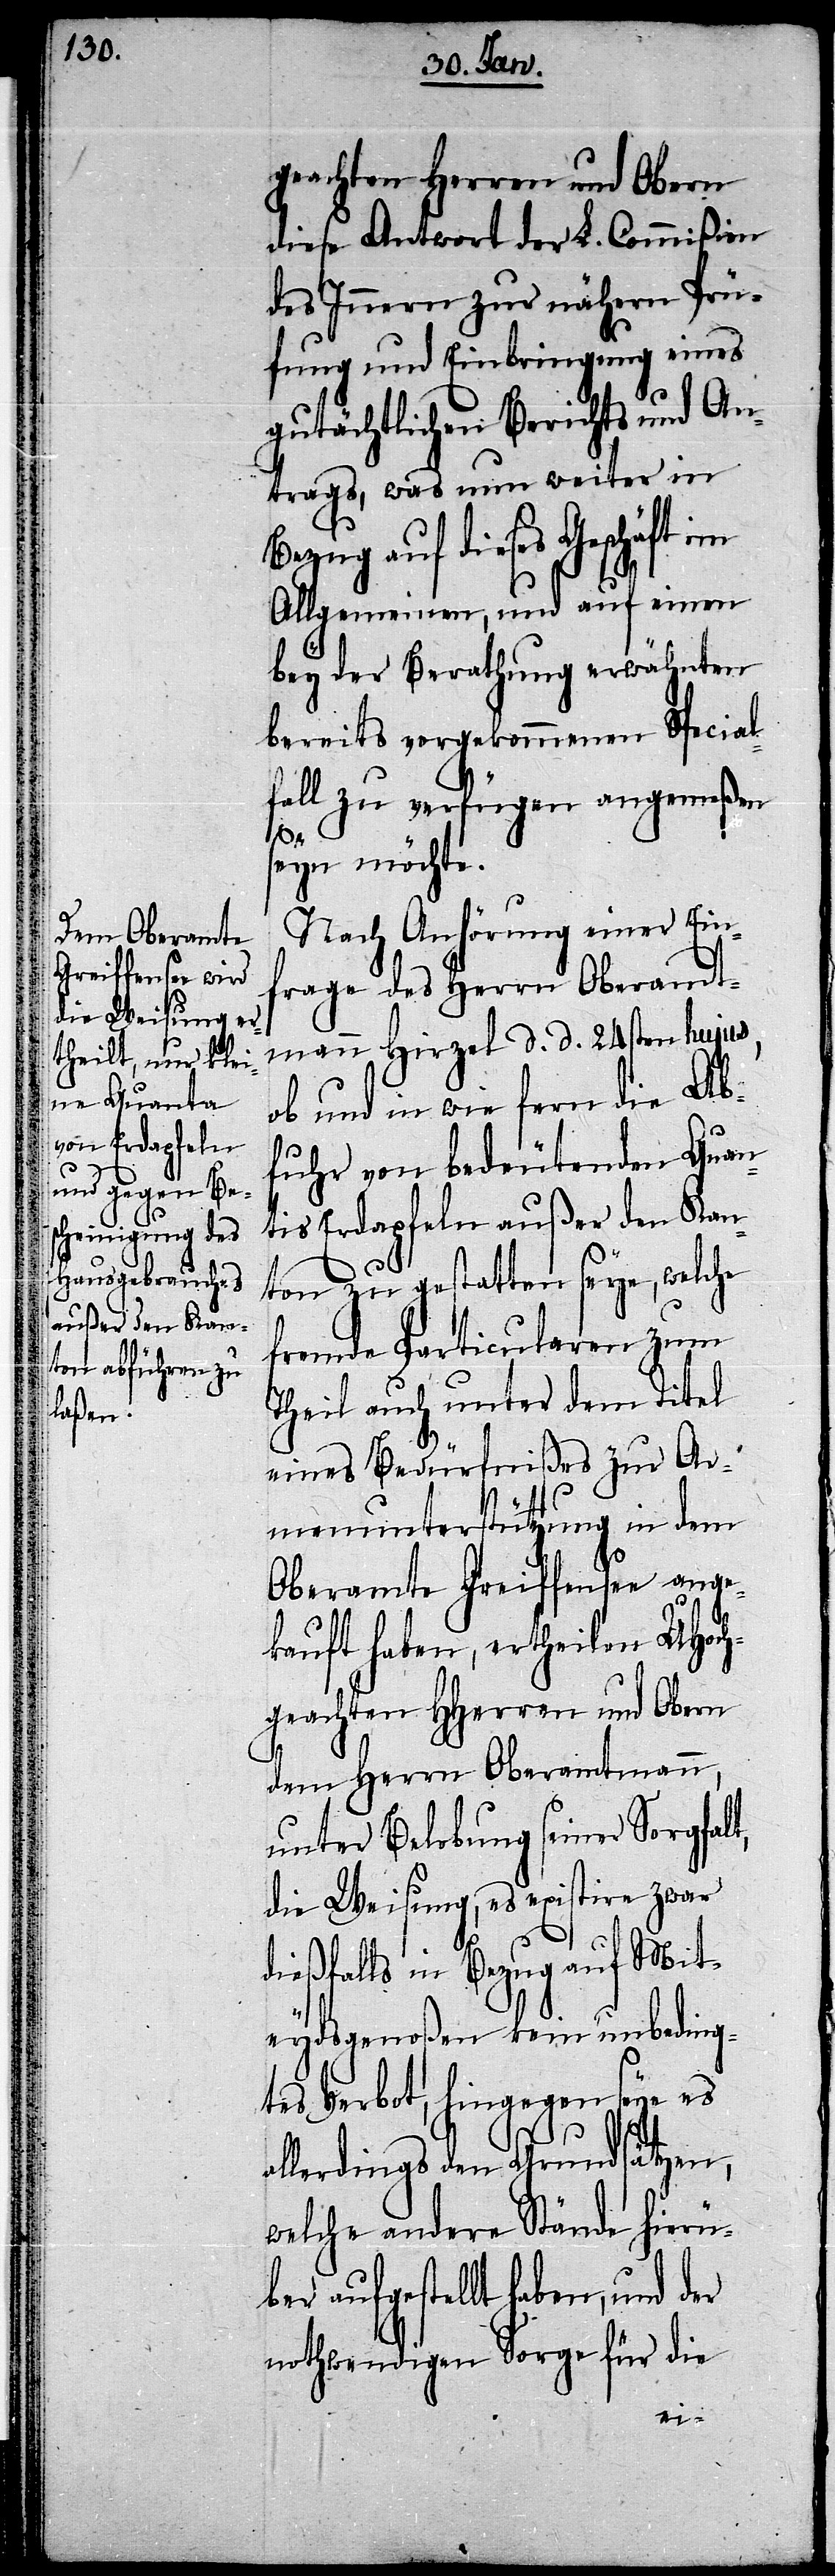
geachten Herren und Obern
diese Antwort der L. Commißion
des Innern zur nähern Prü¬
fung und Einbringung eines
gutächtlichen Berichts und An¬
trags, was nun weiter in
Bezug auf dieses Geschäft im
Allgemeinen, und auf einen
bey der Berathung erwähnten
bereits vorgekommenen Special¬
fall zu verfügen angemeßen
seyn möchte.
Nach Anhörung einer Ein¬
frage des Herrn Oberamt¬
mann Hirzel d. d. 24sten hujus,
ob und in wie fern die Ab¬
fuhr von bedeutenden Quan¬
tis Erdapfeln außer den Kan¬
ton zu gestatten seye, welche
fremde Particularen zum
Theil auch unter dem Titel
eines Bedürfnißes zur Ar¬
menunterstützung in dem
Oberamte Greiffensee ange¬
kauft haben, ertheilen UHoch¬
geachten HHerren und Obern
dem Herrn Oberamtmann,
unter Belobung seiner Sorgfalt,
die Weisung, es existire zwar
dießfalls in Bezug auf Mit¬
eydsgenoßen kein unbeding¬
tes Verbot, hingegen seye es
allerdings den Grundsätzen,
welche andere Stände hierü¬
ber aufgestellt haben, und der
nothwendigen Sorge für die